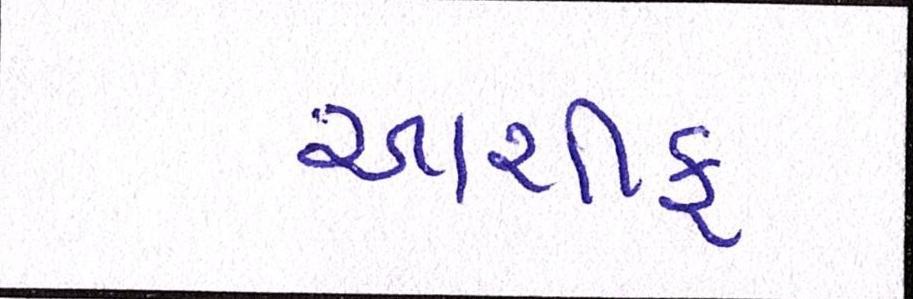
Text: આશીફ